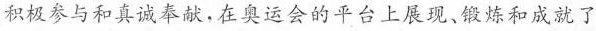
积极参与和真诚奉献，在奥运会的平台上展现，锻炼和成就了